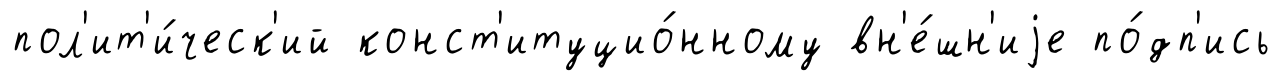
пол'ит'и́ческ'ий конст'итуцио́нному вн'е́шн'иjе по́дп'ись